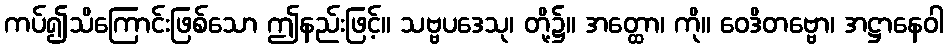
ကပ်၍သိကြောင်းဖြစ်သော ဤနည်းဖြင့်။ သဗ္ဗပဒေသု၊ တို့၌။ အတ္ထော၊ ကို။ ဝေဒိတဗ္ဗော၊ အဋ္ဌာနေဝါ